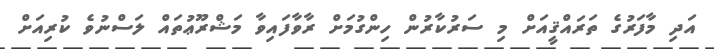
އަދި މާފަރުގެ ތަރައްޤީއަށް މި ސަރުކާރުން ހިންގުމަށް ރާވާފައިވާ މަޝްރޫޢުތައް ލަސްނުވެ ކުރިއަށް